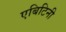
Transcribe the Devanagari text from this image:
एबिटिनी